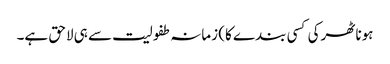
ہونا ٹھرکی کسی بندے کا) زمانہ طفولیت سے ہی لاحق ہے۔